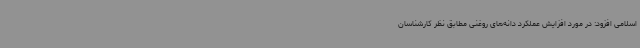
اسلامی افزود: در مورد افزایش عملکرد دانه‌های روغنی مطابق نظر کارشناسان